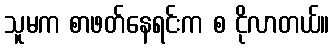
သူမက စာဖတ်နေရင်းက စ ငိုလာတယ်။